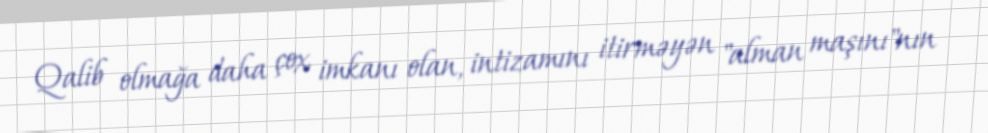
Qalib olmağa daha çox imkanı olan, intizamını itirməyən "alman maşını"nın